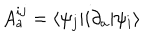
LaTeX: A _ { a } ^ { i j } = \langle \psi _ { j } | i \partial _ { a } | \psi _ { i } \rangle